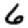
Digit: 6